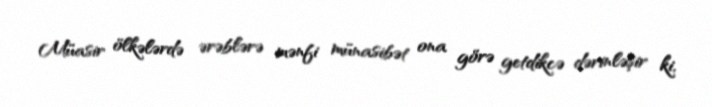
Müasir ölkələrdə ərəblərə mənfi münasibət ona görə getdikcə dərinləşir ki,